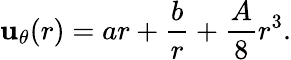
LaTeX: \mathbf{u}_{\theta}(r)=ar+\frac{{b}}{{r}}+\frac{{A}}{{8}}r^{3}.